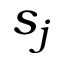
s _ { j }